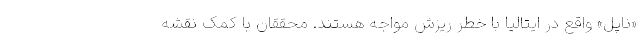
«ناپل» واقع در ایتالیا با خطر ریزش مواجه هستند. محققان با کمک نقشه